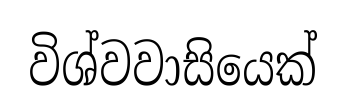
විශ්වවාසියෙක්